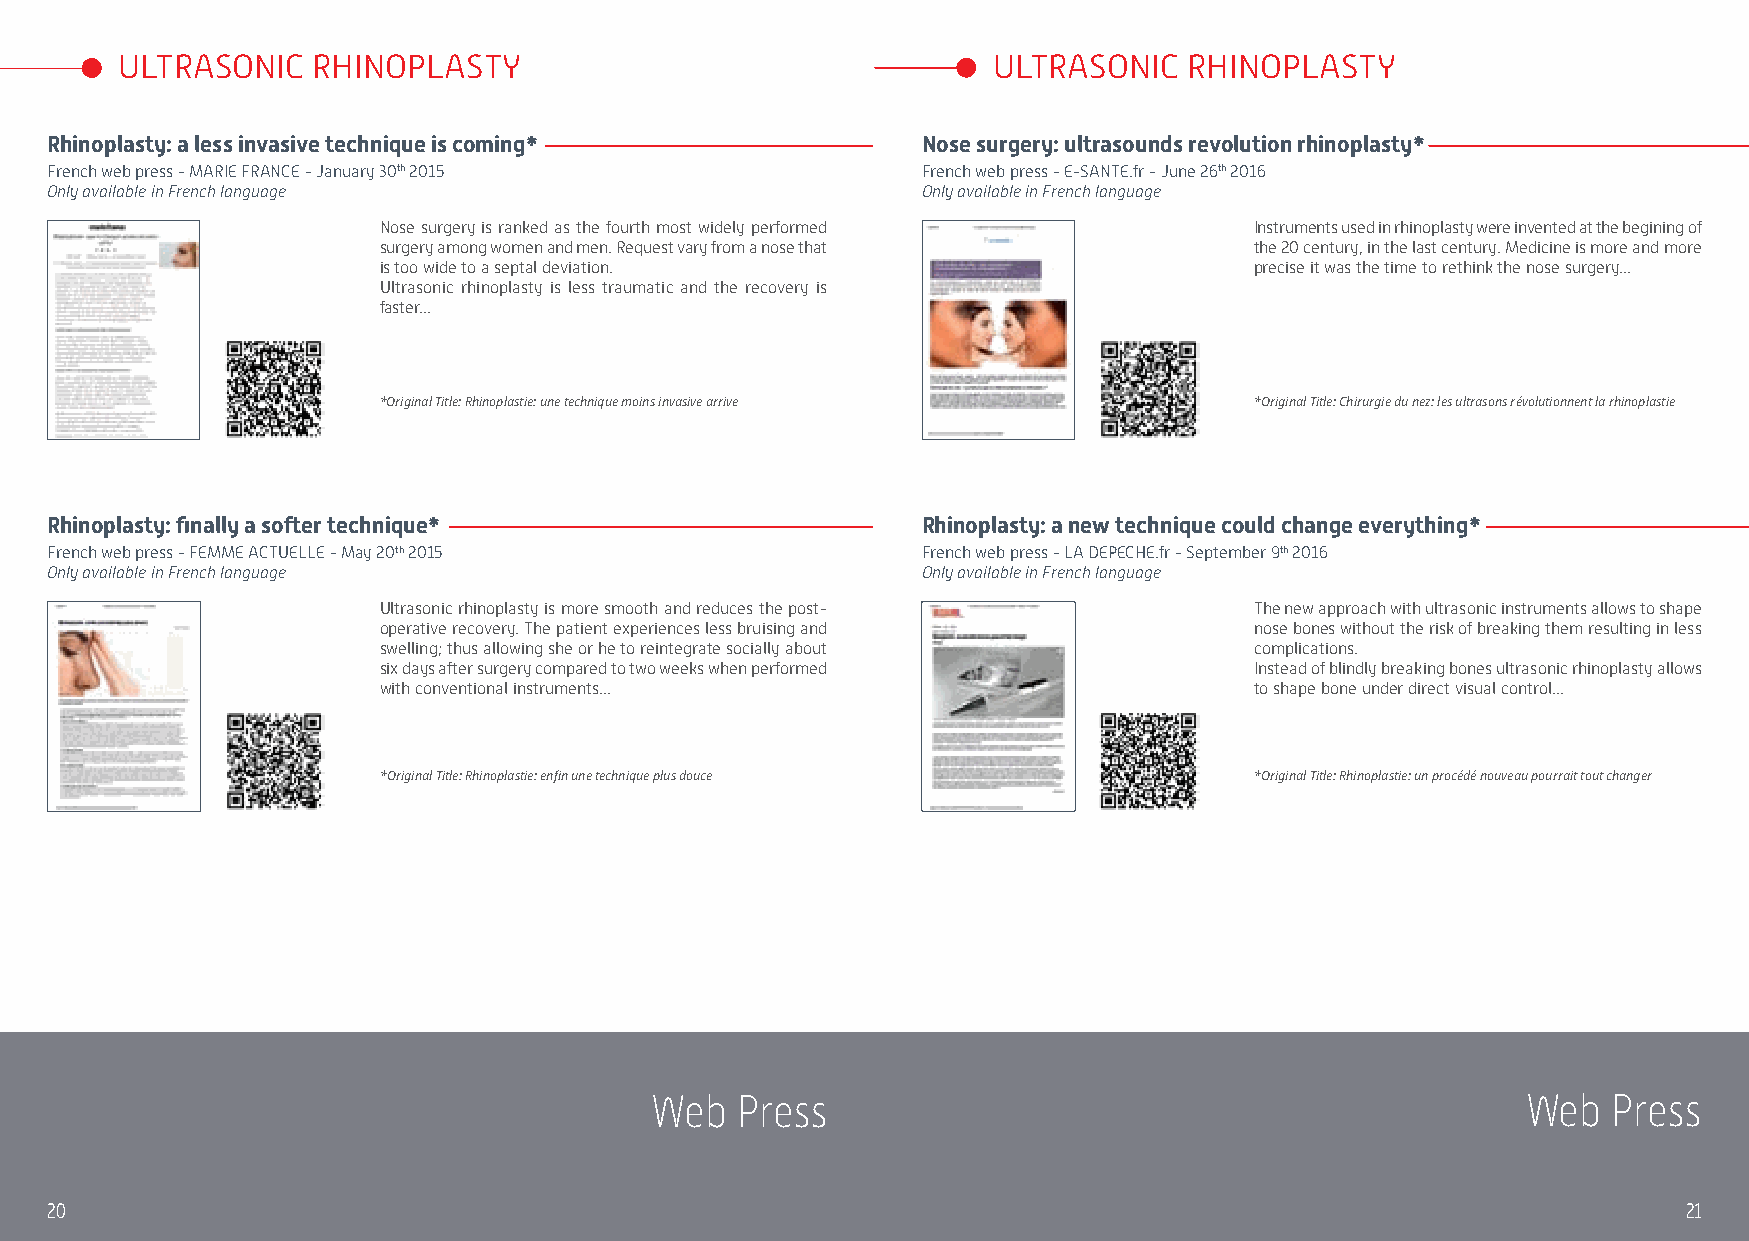
ULTRASONIC   RHINOPLASTY                                  ULTRASONIC   RHINOPLASTY
 Rhinoplasty: a less invasive technique is coming*         Nose surgery: ultrasounds revolution rhinoplasty*
 French web press - MARIE FRANCE - January 30th 2015       French web press - E-SANTE.fr - June 26th 2016
 Only available in French language                         Only available in French language
 Nose surgery is ranked as the fourth most widely performed Instruments used in rhinoplasty were invented at the begining of
 surgery among women and men. Request vary from a nose that the 20 century, in the last century. Medicine is more and more
 is too wide to a septal deviation.                        precise it was the time to rethink the nose surgery...
 Ultrasonic rhinoplasty is less traumatic and the recovery is
 faster...
 *Original Title: Rhinoplastie: une technique moins invasive arrive *Original Title: Chirurgie du nez: les ultrasons révolutionnent la rhinoplastie
 Rhinoplasty: finally a softer technique*                  Rhinoplasty: a new technique could change everything*
 French web press - FEMME ACTUELLE - May 20th 2015         French web press - LA DEPECHE.fr - September 9th 2016
 Only available in French language                         Only available in French language
 Ultrasonic rhinoplasty is more smooth and reduces the post- The new approach with ultrasonic instruments allows to shape
 operative recovery. The patient experiences less bruising and nose bones without the risk of breaking them resulting in less
 swelling; thus allowing she or he to reintegrate socially about complications.
 six days after surgery compared to two weeks when performed Instead of blindly breaking bones ultrasonic rhinoplasty allows
 with conventional instruments...                          to shape bone under direct visual control...
 *Original Title: Rhinoplastie: enfin une technique plus douce *Original Title: Rhinoplastie: un procédé nouveau pourrait tout changer
 Web   Press                                               Web   Press
 20                                                                                                           21